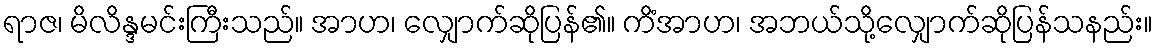
ရာဇ၊ မိလိန္ဒမင်းကြီးသည်။ အာဟ၊ လျှောက်ဆိုပြန်၏။ ကိံအာဟ၊ အဘယ်သို့လျှောက်ဆိုပြန်သနည်း။